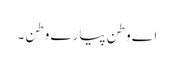
اے وطن پیارے وطن ۔